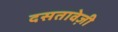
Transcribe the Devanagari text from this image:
दसतावेज़ी